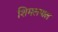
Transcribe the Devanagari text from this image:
शिमलपाल